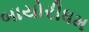
બાયોરીધમ